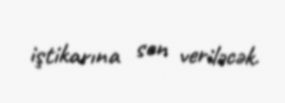
iştikarına son veriləcək.